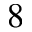
8